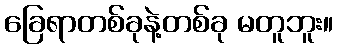
ခြေရာတစ်ခုနဲ့တစ်ခု မတူဘူး။